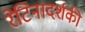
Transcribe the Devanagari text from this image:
रेटिनादर्शकी